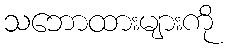
သဘောထားများကို